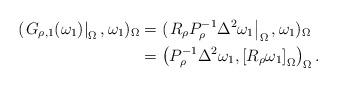
LaTeX: \begin{align*}(\left. G_{\rho ,1}(\omega _{1})\right\vert _{\Omega },\omega _{1})_{\Omega}& =(\left. R_{\rho }P_{\rho }^{-1}\Delta ^{2}\omega _{1}\right\vert_{\Omega },\omega _{1})_{\Omega } \\& =\left( P_{\rho }^{-1}\Delta ^{2}\omega _{1},\left[ R_{\rho }\omega _{1}\right] _{\Omega }\right) _{\Omega }. \end{align*}